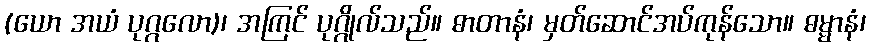
(ယော အယံ ပုဂ္ဂလော)၊ အကြင် ပုဂ္ဂိုလ်သည်။ ဓာတာနံ၊ မှတ်ဆောင်အပ်ကုန်သော။ ဓမ္မာနံ၊